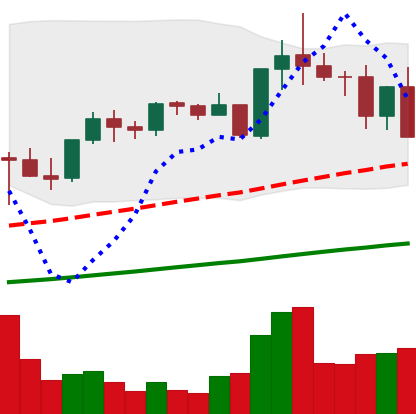
Ticker: TRX-USD
Chart end date: 2021-05-12
Forward return: -4.911%
Label: down_3_5